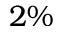
2 \%